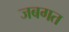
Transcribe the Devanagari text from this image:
जबगत